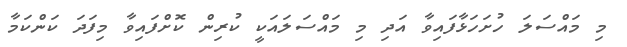
މި މައްސަލަ ހުށަހަޅާފައިވާ އަދި މި މައްސަލައަކީ ކުރިން ކޮށްފައިވާ މިފަދަ ކަންކަމާ